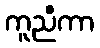
ကူညီကာ